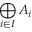
\bigoplus _ { i \in I } A _ { i }